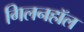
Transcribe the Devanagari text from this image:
गिलनहॉल